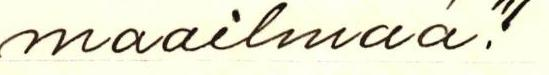
maailmaa"!